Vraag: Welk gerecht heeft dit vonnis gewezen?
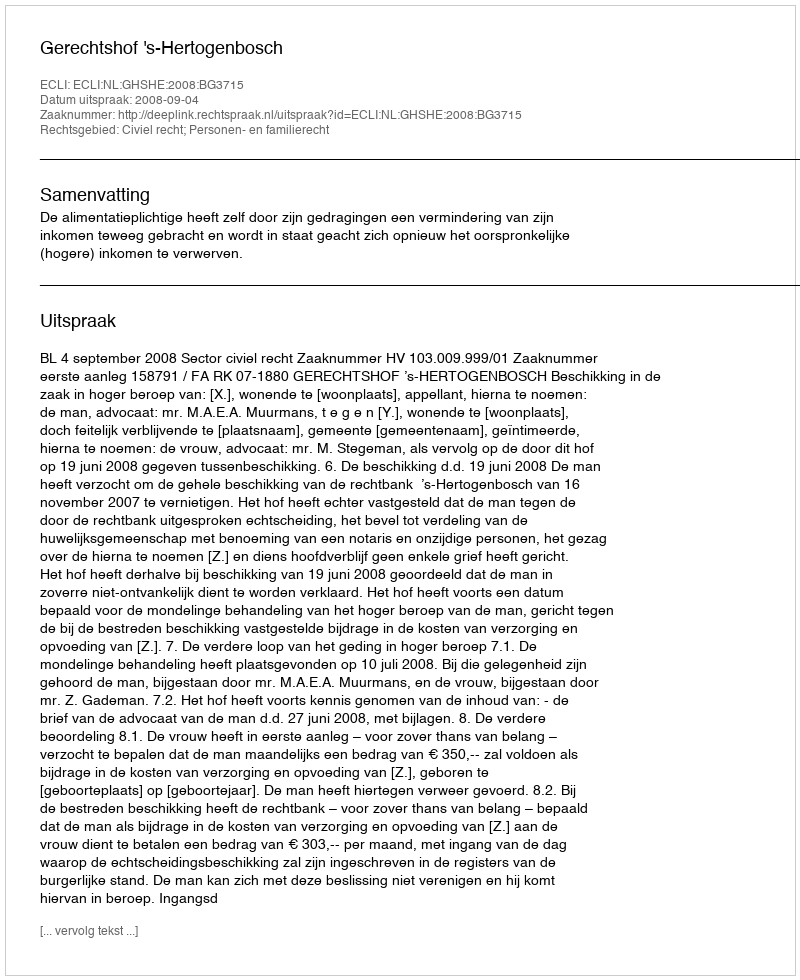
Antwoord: Gerechtshof 's-Hertogenbosch